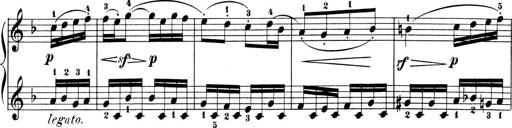
Title: 6 Piano Sonatinas
Composer: Cornelius Gurlitt